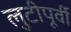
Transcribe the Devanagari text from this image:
लुटीपूर्वी